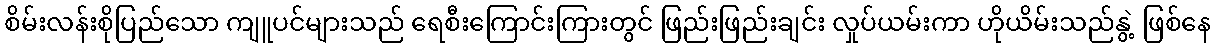
စိမ်းလန်းစိုပြည်သော ကျူပင်များသည် ရေစီးကြောင်းကြားတွင် ဖြည်းဖြည်းချင်း လှုပ်ယမ်းကာ ဟိုယိမ်းသည်နွဲ့ ဖြစ်နေ